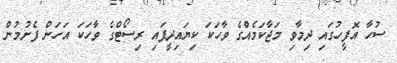
ސުހާ އޮފީހުގައި ދިމާވި މަޖާކަމެއްގެ ވާހަކަ ކިޔައިދީފައި ރިސޯޓްގެ ވާހަކަ އަހަން ފެށުމުން